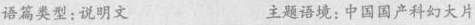
语篇类型：说明文 主题语境：中国国产科幻大片